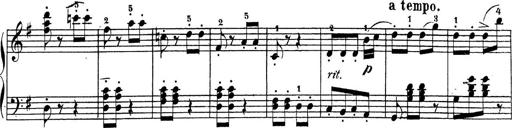
Title: 4 Sonatinas
Composer: Jacob Schmitt